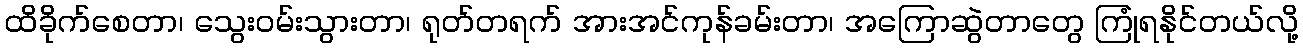
ထိခိုက်စေတာ၊ သွေးဝမ်းသွားတာ၊ ရုတ်တရက် အားအင်ကုန်ခမ်းတာ၊ အကြောဆွဲတာတွေ ကြုံရနိုင်တယ်လို့